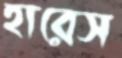
হারেস